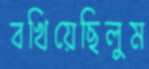
বখিয়েছিলুম